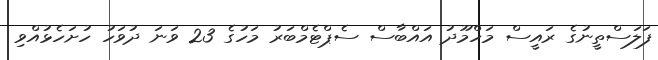
ފަލަސްތީނުގެ ރައީސް މަހްމޫދު އައްބާސް ސެޕްޓެމްބަރު މަހުގެ 23 ވަނަ ދުވަހު ހުށަހެޅުއްވި